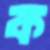
ক